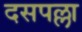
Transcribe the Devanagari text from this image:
दसपल्ला